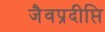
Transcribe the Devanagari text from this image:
जैवप्रदीप्ति